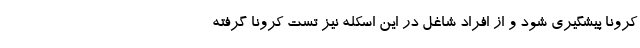
کرونا پیشگیری شود و از افراد شاغل در این اسکله نیز تست کرونا گرفته